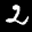
Label: 2